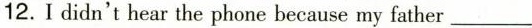
12.Ididn't hear the phone because my father___